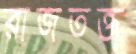
রাজতক্ত